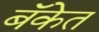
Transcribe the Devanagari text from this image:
बॅकेत